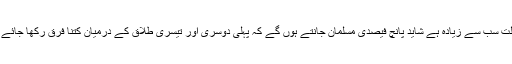
مسلمانوں میں حکومت کی کوششوں سے غربت اور جہالت سب سے زیادہ ہے شاید پانچ فیصدی مسلمان جانتے ہوں گے کہ پہلی دوسری اور تیسری طلاق کے درمیان کتنا فرق رکھا جائے گا اور اس میں پاکی اور صحبت کا ہونا نہ ہونا کیا ہے؟